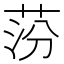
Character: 𦰛